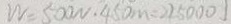
W = 5 0 0 N \cdot 4 5 0 m = 2 2 5 0 0 0 \vert